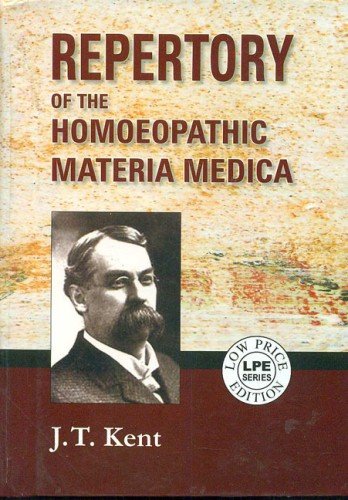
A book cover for Repertory of the Homeopathic Materia Medica; J. T. Kent; Health, Fitness & Dieting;